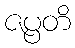
ဇပ္ပတိ